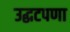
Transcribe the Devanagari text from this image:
उद्धटपणा